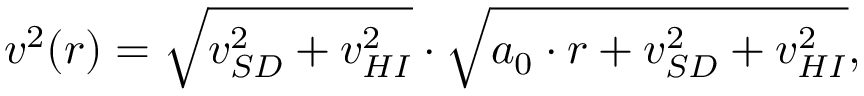
v ^ { 2 } ( r ) = \sqrt { v _ { S D } ^ { 2 } + v _ { H I } ^ { 2 } } \cdot \sqrt { a _ { 0 } \cdot r + v _ { S D } ^ { 2 } + v _ { H I } ^ { 2 } } ,